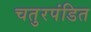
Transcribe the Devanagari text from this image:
चतुरपंडित